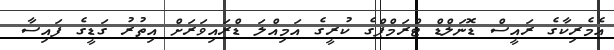
އެމެރިކާގެ ރައީސް ޑޮނަލްޑް ޓްރަމްޕްގެ ކުރީގެ އަމިއްލަ ޑްރައިވަރަށް އިތުރު ގަޑީގެ ފައިސާ